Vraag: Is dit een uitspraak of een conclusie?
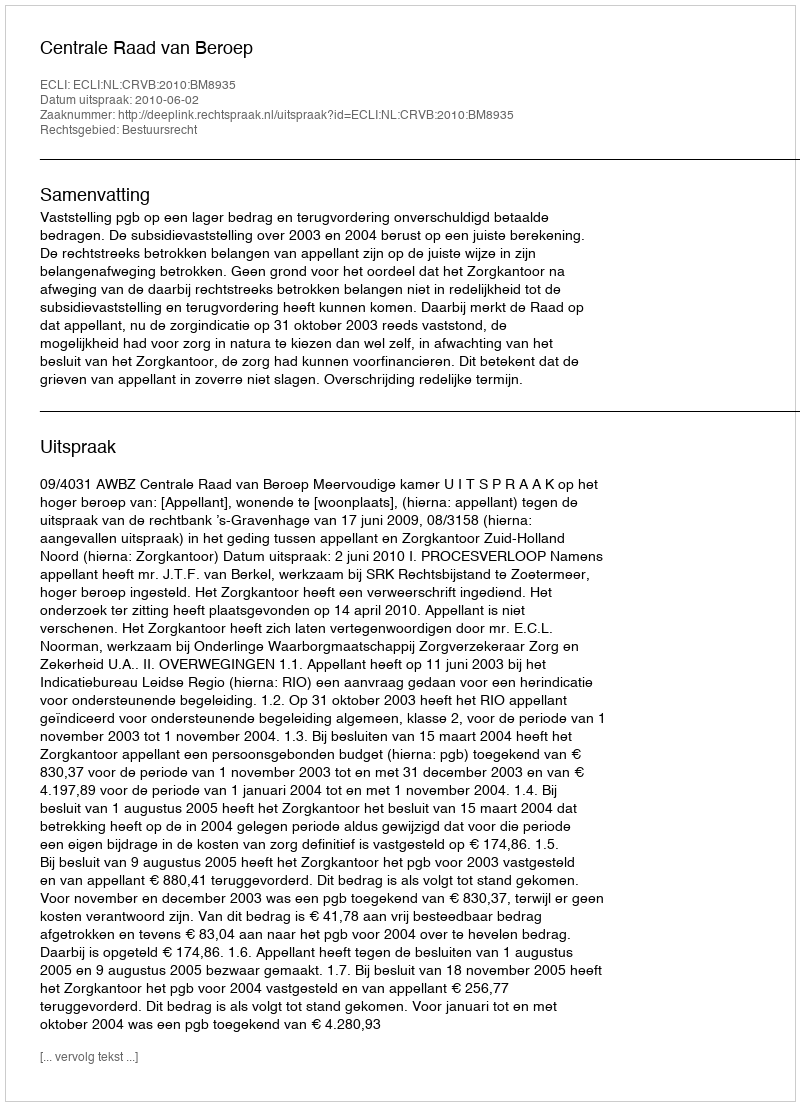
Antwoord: Uitspraak